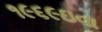
૧૯૬૯ઇવા